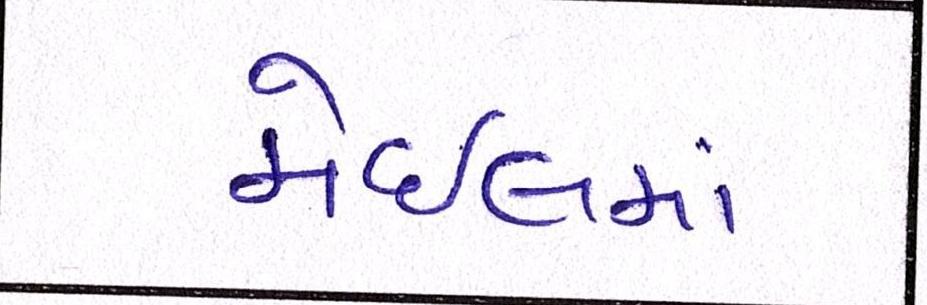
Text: મેઇલમાં